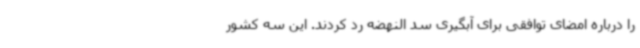
را درباره امضای توافقی برای آبگیری سد النهضه رد کردند. این سه کشور